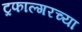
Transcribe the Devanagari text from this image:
ट्रफाल्गरच्या